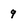
Character: 9